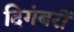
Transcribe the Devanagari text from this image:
दिगंबरों